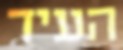
העיד